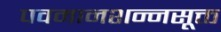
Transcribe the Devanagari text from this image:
पवमानशन्नसूक्त